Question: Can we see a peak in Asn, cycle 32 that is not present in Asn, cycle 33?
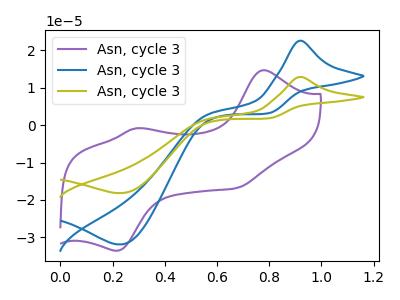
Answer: <think>The purple curve "Asn, cycle 31" has anodic peaks at (0.80V, 14.65uA) (0.30V, -0.90uA) and cathodic peaks at (0.20V, -33.55uA) (0.70V, -16.80uA). The blue curve "Asn, cycle 32" has an anodic peak at (0.90V, 22.50uA) and a cathodic peak at (0.25V, -31.90uA). The olive curve "Asn, cycle 33" has an anodic peak at (0.90V, 12.85uA) and a cathodic peak at (0.25V, -18.20uA).
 All the peaks in "Asn, cycle 32" have a peak in "Asn, cycle 33" at the same potential. Every peak in "Asn, cycle 32" is higher than every peak in "Asn, cycle 33".</think>
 <answer>No, "Asn, cycle 32" and "Asn, cycle 33" don't appear to be significantly different in shape</answer>
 <eval>no_change</eval>